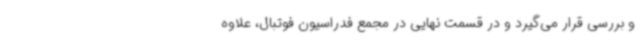
و بررسی قرار می‌گیرد و در قسمت نهایی در مجمع فدراسیون فوتبال، علاوه